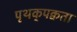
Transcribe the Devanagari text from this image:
पृथक्‌पक्वता